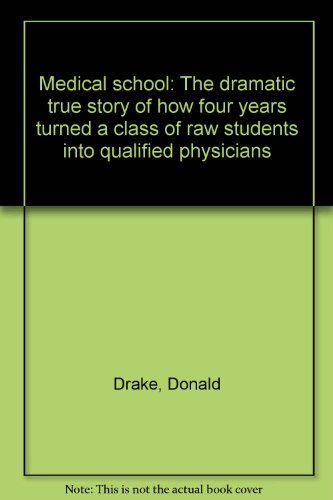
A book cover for Medical school: The dramatic true story of how four years turned a class of raw students into qualified physicians; Donald Drake; Education & Teaching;